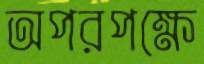
অপরপক্ষে